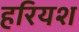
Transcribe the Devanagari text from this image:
हरियश